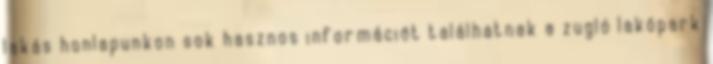
lakás honlapunkon sok hasznos információt találhatnak a zugló lakópark